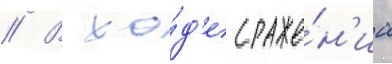
// В хо́д'е сраже́н'иа